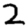
Digit: 2